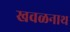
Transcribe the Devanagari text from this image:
खवळनाथ